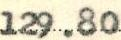
129.80